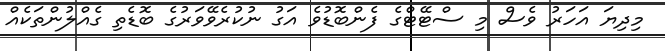
މިދިޔަ އަހަރު ވެސް މި ސްޓޭޓްގެ ފެންބޮޑުވެ އަގު ނުކުރެވޭވަރުގެ ބޮޑެތި ގެއްލުންތަކެއް